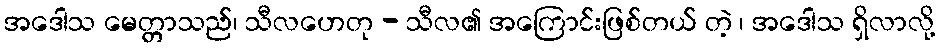
အဒေါသ မေတ္တာသည်၊ သီလဟေတု - သီလ၏ အကြောင်းဖြစ်တယ် တဲ့ ၊ အဒေါသ ရှိလာလို့